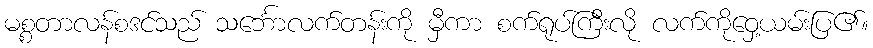
မစ္စတာလန်စဒင်သည် သင်္ဘောလက်တန်းကို မှီကာ စက်ရုပ်ကြီးလို လက်ကိုဝှေ့ယမ်းပြ၏။